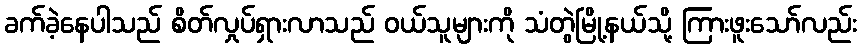
ခက်ခဲ့နေပါသည် စိတ်လှုပ်ရှားလာသည် ဝယ်သူများကို သံတွဲမြို့နယ်သို့ ကြားဖူးသော်လည်း